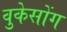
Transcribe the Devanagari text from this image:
वुकेसोंग